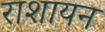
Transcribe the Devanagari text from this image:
राशायन